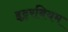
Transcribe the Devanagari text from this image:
इट्टरबियम